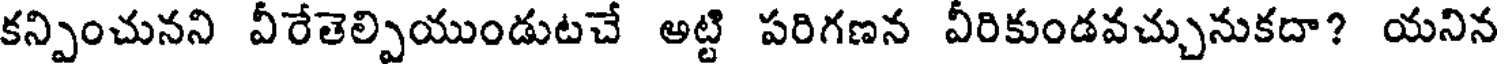
కన్పించునని వీరేతెల్పియుండుటచే అట్టి పరిగణన వీరికుండవచ్చునుకదా? యనిన